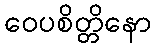
ဝေပစိတ္တိနော